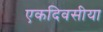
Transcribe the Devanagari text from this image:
एकदिवसीया